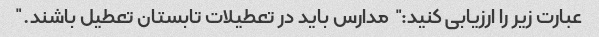
عبارت زیر را ارزیابی کنید: "مدارس باید در تعطیلات تابستان تعطیل باشند."